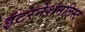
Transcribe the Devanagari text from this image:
इंटरनेशनलिस्ट